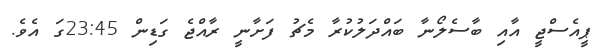
ޕީއެސްޖީ އާއި ބާސެލޯނާ ބައްދަލުކުރާ މެޗު ފަަށާނީ ރާއްޖެ ގަޑިން 23:45ގަ އެވެ.